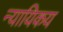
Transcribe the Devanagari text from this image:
न्यायिकय